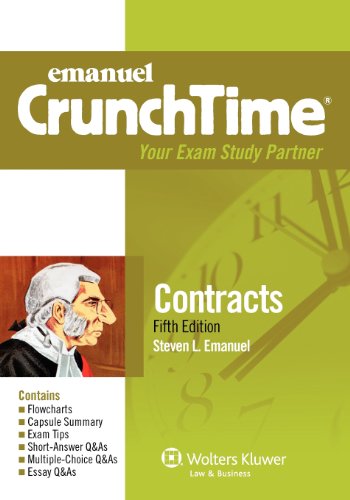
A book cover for CrunchTime: Contracts, Fifth Edition; Steven L. Emanuel; Law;